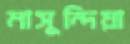
মাসুন্দিয়া